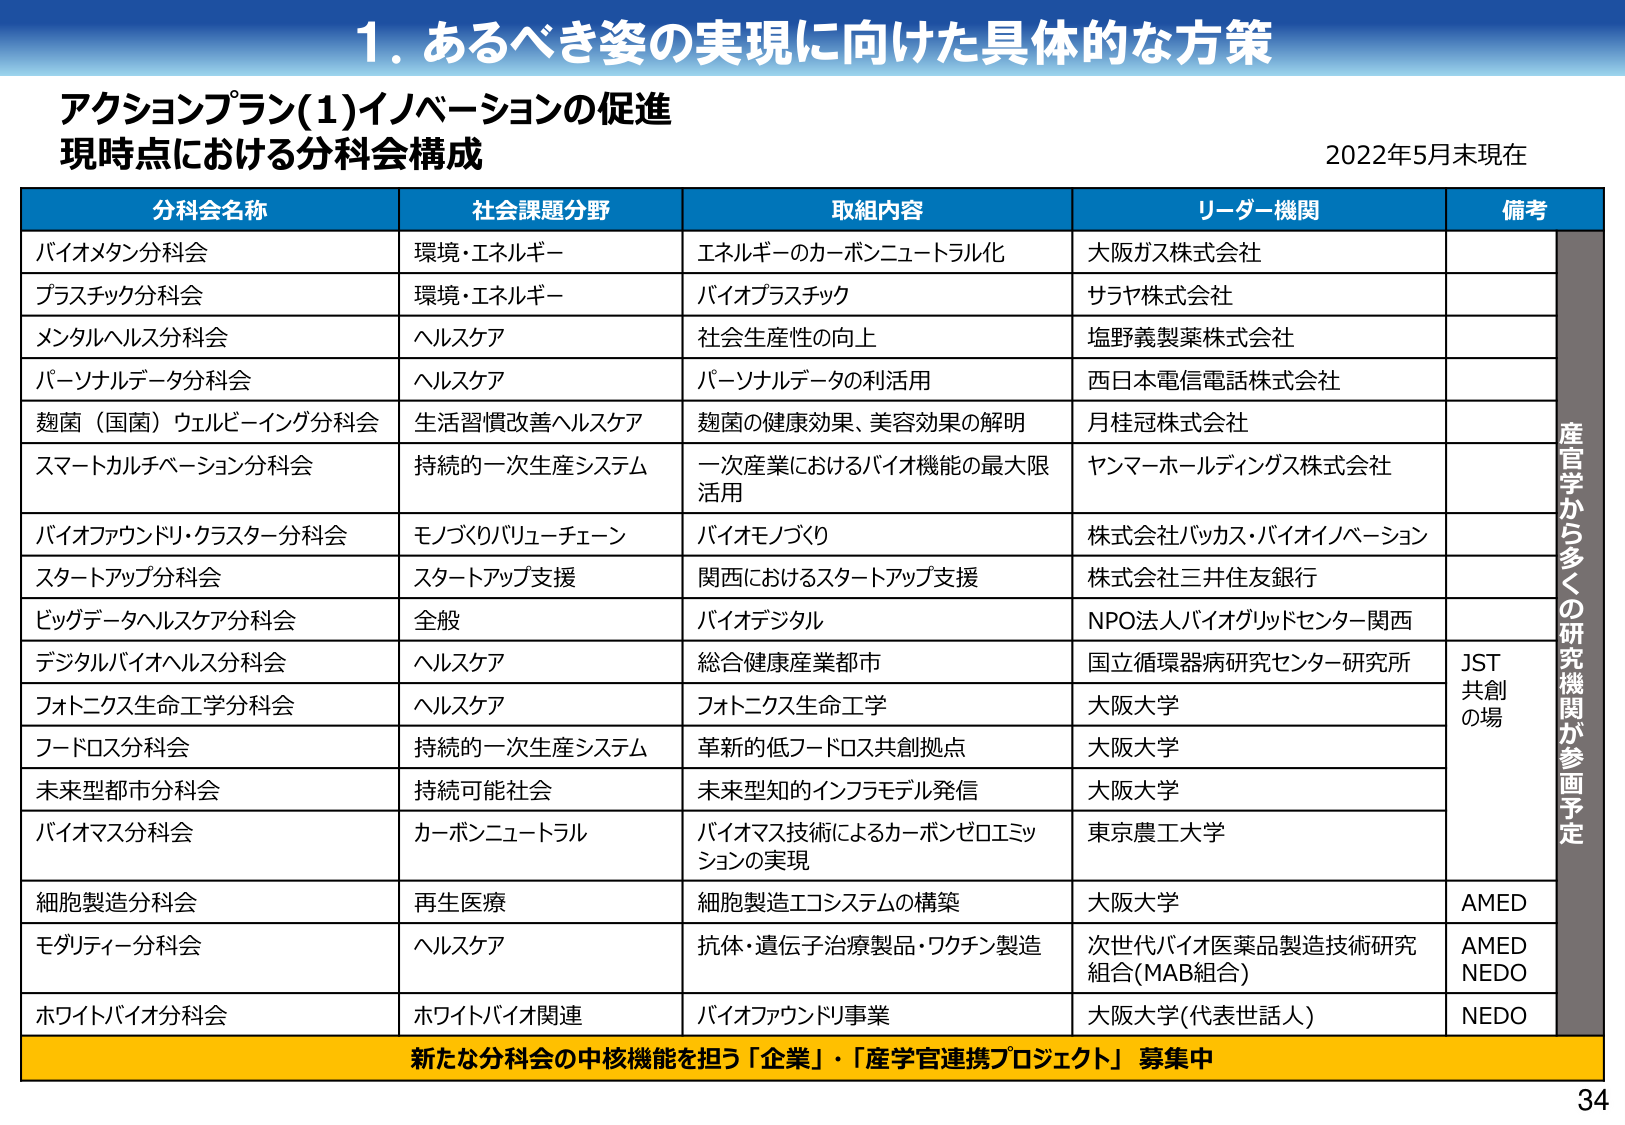
1. あるべき姿の実現に向けた具体的な方策

アクションプラン(1)イノベーションの促進
現時点における分科会構成
2022年5月末現在

分科会名称　　社会課題分野　　取組内容　　リーダー機関　　備考

バイオメタン分科会　　環境・エネルギー　　エネルギーのカーボンニュートラル化　　大阪ガス株式会社

プラスチック分科会　　環境・エネルギー　　バイオプラスチック　　サラヤ株式会社

メンタルヘルス分科会　　ヘルスケア　　社会生産性の向上　　塩野義製薬株式会社

パーソナルデータ分科会　　ヘルスケア　　パーソナルデータの利活用　　西日本電信電話株式会社

麹菌（国菌）ウェルビーイング分科会　　生活習慣改善ヘルスケア　　麹菌の健康効果、美容効果の解明　　月桂冠株式会社

スマートカルチベーション分科会　　持続的一次生産システム　　一次産業におけるバイオ機能の最大限活用　　ヤンマーホールディングス株式会社

バイオファウンドリ・クラスター分科会　　モノづくりバリューチェーン　　バイオモノづくり　　株式会社バックス・バイオイノベーション

スタートアップ分科会　　スタートアップ支援　　関西におけるスタートアップ支援　　株式会社三井住友銀行

ビッグデータヘルスケア分科会　　全般　　バイオデジタル　　NPO法人バイオグリッドセンター関西

デジタルバイオヘルス分科会　　ヘルスケア　　総合健康産業都市　　国立循環器病研究センター研究所　　JST共創の場

フォトニクス生命工学分科会　　ヘルスケア　　フォトニクス生命工学　　大阪大学

フードロス分科会　　持続的一次生産システム　　革新的低フードロス共創拠点　　大阪大学

未来型都市分科会　　持続可能社会　　未来型知的インフラモデル発信　　大阪大学

バイオマス分科会　　カーボンニュートラル　　バイオマス技術によるカーボンゼロエミッションの実現　　東京農工大学

細胞製造分科会　　再生医療　　細胞製造エコシステムの構築　　大阪大学　　AMED

モダリティー分科会　　ヘルスケア　　抗体・遺伝子治療製品・ワクチン製造　　次世代バイオ医薬品製造技術研究組合(MAB組合)　　AMED NEDO

ホワイトバイオ分科会　　ホワイトバイオ関連　　バイオファウンドリ事業　　大阪大学(代表世話人)　　NEDO

新たな分科会の中核機能を担う「企業」・「産学官連携プロジェクト」募集中

産官学から多くの研究機関が参画予定

34